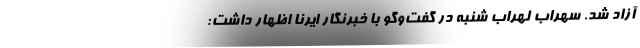
آزاد شد. سهراب لهراب شنبه در گفت‌وگو با خبرنگار ایرنا اظهار داشت: